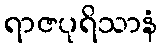
ရာဇပုရိသာနံ